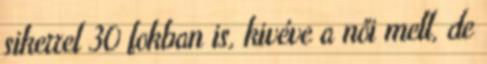
sikerrel 30 fokban is, kivéve a női mell, de